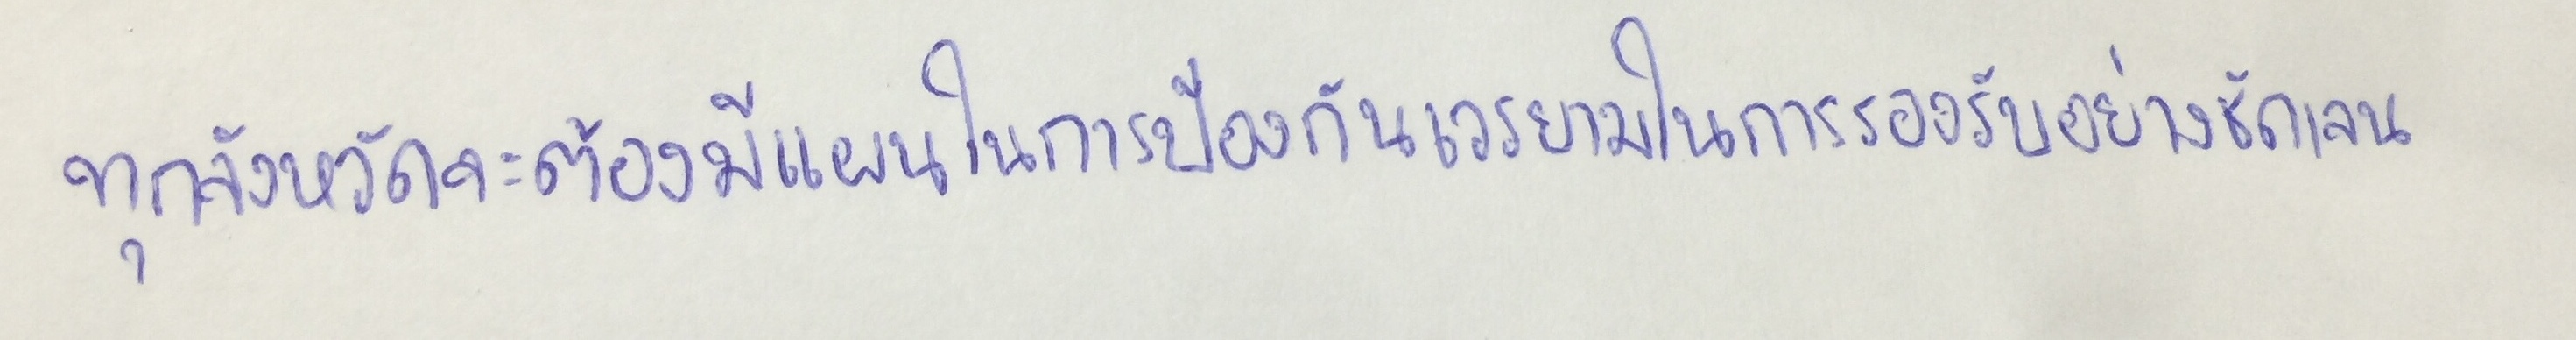
ทุกจังหวัดจะต้องมีแผนในการป้องกันเวรยามในการรองรับอย่างชัดเจน